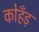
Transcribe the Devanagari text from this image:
कोहँड़